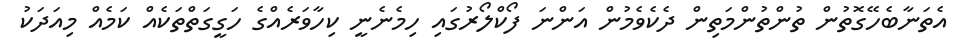
އެތަނާބެހޭގޮތުން ތުންތުންމަތިން ދެކެވެމުން އަންނަ ފޯކްލޯރުގައި ހިމެނެނީ ކިހާވަރެއްގެ ހަގީގަތްތަކެއް ކަމެއް މިއަދަކު